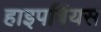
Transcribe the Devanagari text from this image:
हाइपबिंयस